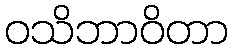
ဝသိဘာဝိတာ